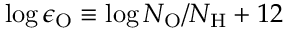
\log { \epsilon _ { \mathrm { O } } } \equiv \log { N _ { \mathrm { O } } / N _ { \mathrm { H } } } + 1 2